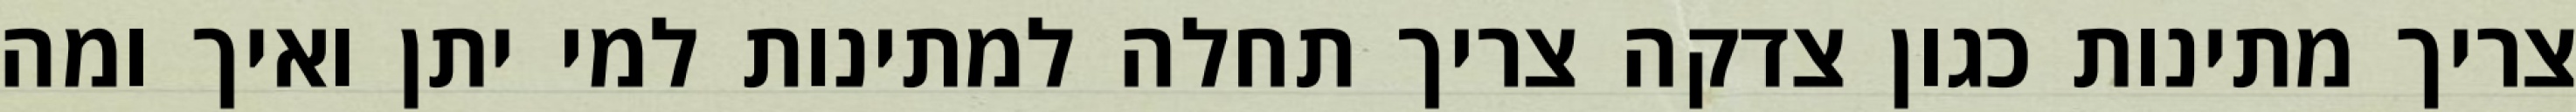
צריך מתינות כגון צדקה צריך תחלה למתינות למי יתן ואיך ומה